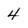
Character: 4